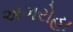
અગરોહા